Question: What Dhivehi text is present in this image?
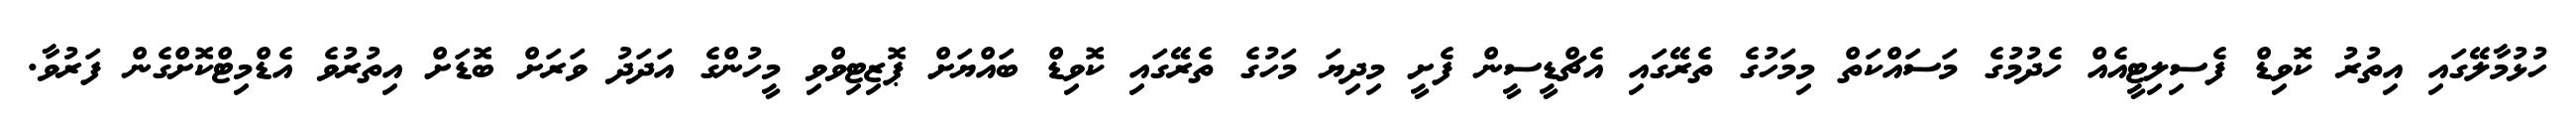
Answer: ހުޅުމާލޭގައި އިތުރު ކޮވިޑް ފެސިލިޓީއެއް ހެދުމުގެ މަސައްކަތް މިމަހުގެ ތެރޭގައި އެޗްޑީސީން ފެށީ މިދިޔަ މަހުގެ ތެރޭގައި ކޮވިޑް ބައްޔަށް ޕޮޒިޓިވްވި މީހުންގެ އަދަދު ވަރަށް ބޮޑަށް އިތުރުވެ އެޑްމިޓްކޮށްގެން ފަރުވާ.